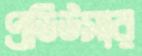
প্রডিউসার